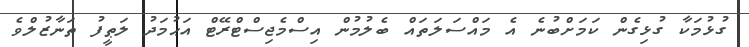
ގުޅުމަކާ ގުޅިގެން ކަމަށްބުނެ އެ މައްސަލަތައް ބެލުމުން އިސްމެޖިސްޓްރޭޓް އަޙުމަދު ލަޠީފު ތަނާޒުލްވެ